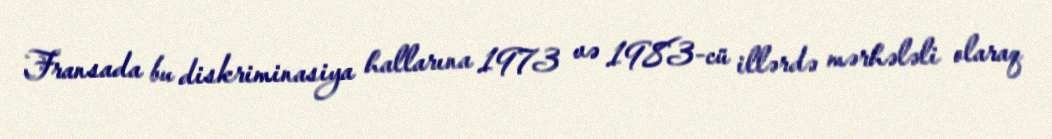
Fransada bu diskriminasiya hallarına 1973 və 1983-cü illərdə mərhələli olaraq